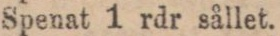
Spenat 1 rdr sållet.